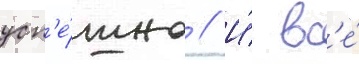
усп'е́шно // И́ вс'е́